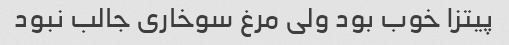
پیتزا خوب بود ولی مرغ سوخاری جالب نبود